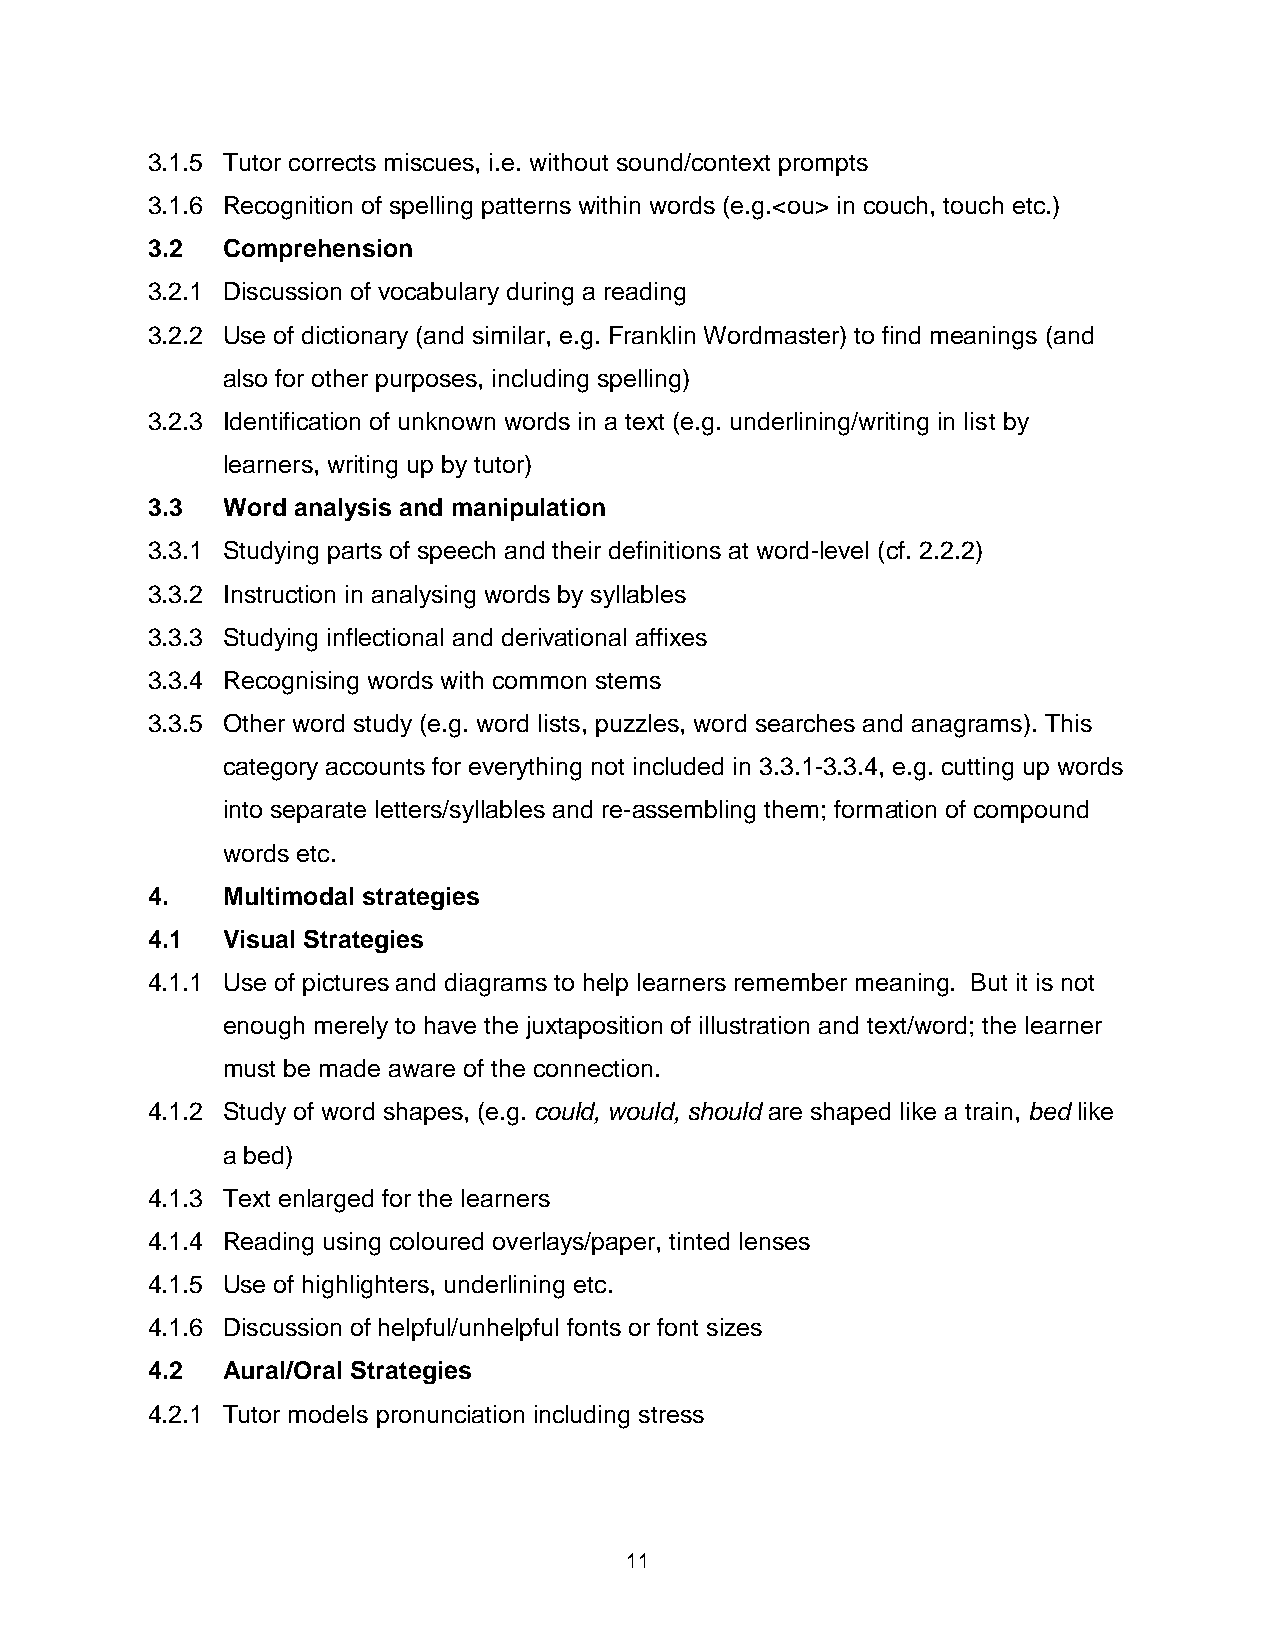
3.1.5 Tutor corrects miscues, i.e. without sound/context prompts
 3.1.6 Recognition of spelling patterns within words (e.g.<ou> in couch, touch etc.)
 3.2  Comprehension
 3.2.1 Discussion of vocabulary during a reading
 3.2.2 Use of dictionary (and similar, e.g. Franklin Wordmaster) to find meanings (and
 also for other purposes, including spelling)
 3.2.3 Identification of unknown words in a text (e.g. underlining/writing in list by
 learners, writing up by tutor)
 3.3  Word analysis and manipulation
 3.3.1 Studying parts of speech and their definitions at word-level (cf. 2.2.2)
 3.3.2 Instruction in analysing words by syllables
 3.3.3 Studying inflectional and derivational affixes
 3.3.4 Recognising words with common stems
 3.3.5 Other word study (e.g. word lists, puzzles, word searches and anagrams). This
 category accounts for everything not included in 3.3.1-3.3.4, e.g. cutting up words
 into separate letters/syllables and re-assembling them; formation of compound
 words etc.
 4.   Multimodal strategies
 4.1  Visual Strategies
 4.1.1 Use of pictures and diagrams to help learners remember meaning. But it is not
 enough merely to have the juxtaposition of illustration and text/word; the learner
 must be made aware of the connection.
 4.1.2 Study of word shapes, (e.g. could, would, should are shaped like a train, bed like
 a bed)
 4.1.3 Text enlarged for the learners
 4.1.4 Reading using coloured overlays/paper, tinted lenses
 4.1.5 Use of highlighters, underlining etc.
 4.1.6 Discussion of helpful/unhelpful fonts or font sizes
 4.2  Aural/Oral Strategies
 4.2.1 Tutor models pronunciation including stress
 11